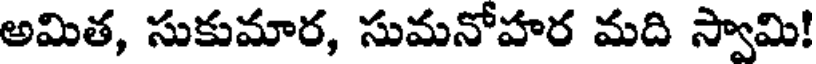
అమిత, సుకుమార, సుమనోహర మది స్వామి!